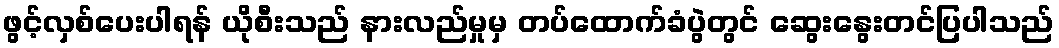
ဖွင့်လှစ်ပေးပါရန် ယိုစီးသည် နားလည်မှုမှ တပ်ထောက်ခံပွဲတွင် ဆွေးနွေးတင်ပြပါသည်